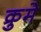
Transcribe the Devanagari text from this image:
क्रुमे